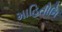
માહિતીનિ